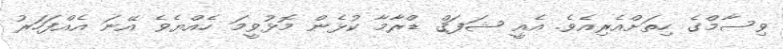
ވިސާމްގެ ހިތަށްއެރިއެވެ. އެއީ ޝަފަޤް ޑްރާމާ ކުޅެން މޮޅުވީމަ ހެއްޔެވެ އޭނަ އެއްފަހަރު